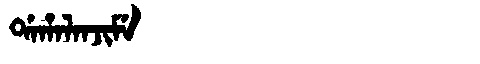
Manchu: ᡩᠠᡥᠠᠯᠠᠨᠵᡳᠮᡝ
Romanization: DAHALANJIME